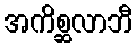
အကိစ္ဆလာဘီ